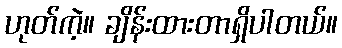
ဟုတ်ကဲ့။ ချိန်းထားတာရှိပါတယ်။